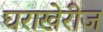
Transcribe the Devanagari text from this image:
घराखेरीज